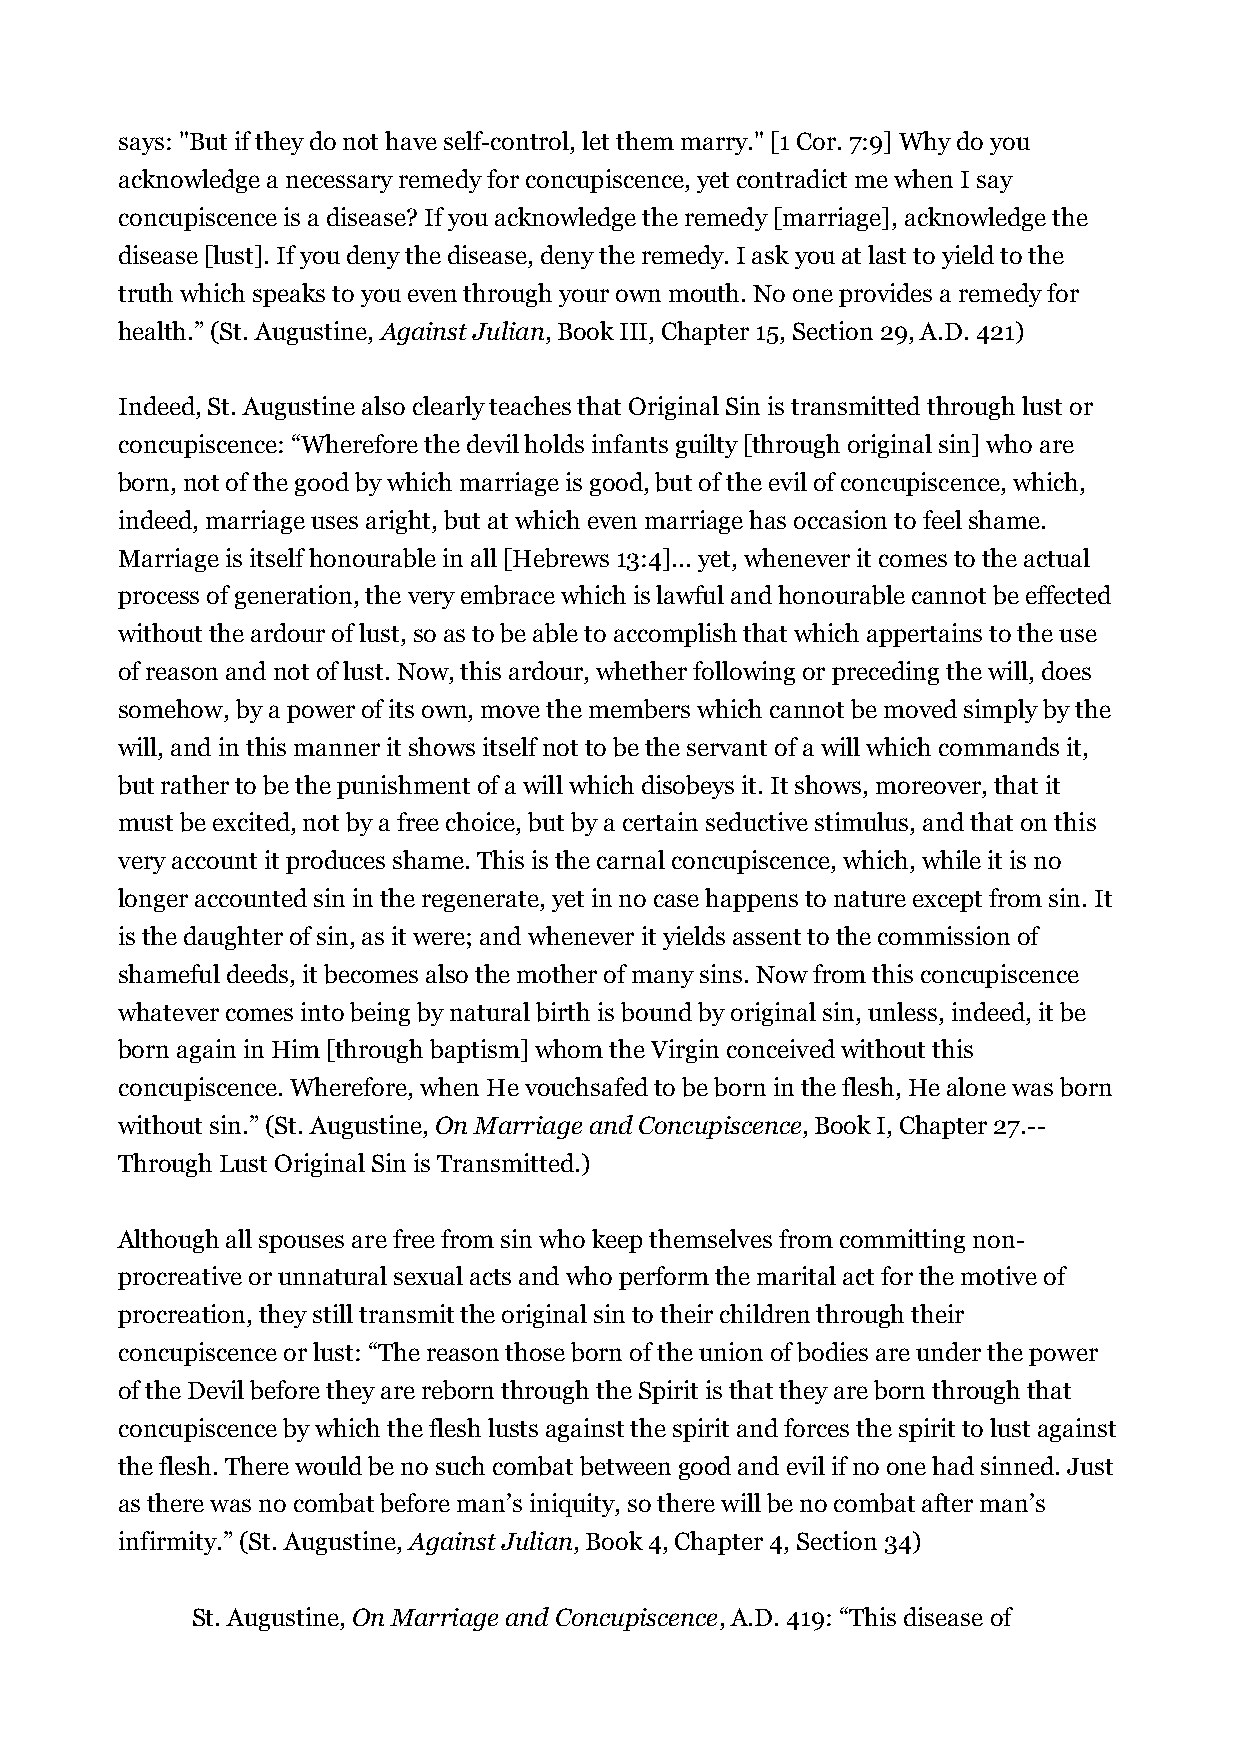
says: "But if they do not have self-control, let them marry." [1 Cor. 7:9] Why do you
 acknowledge a necessary remedy for concupiscence, yet contradict me when I say
 concupiscence is a disease? If you acknowledge the remedy [marriage], acknowledge the
 disease [lust]. If you deny the disease, deny the remedy. I ask you at last to yield to the
 truth which speaks to you even through your own mouth. No one provides a remedy for
 health.” (St. Augustine, Against Julian, Book III, Chapter 15, Section 29, A.D. 421)
 Indeed, St. Augustine also clearly teaches that Original Sin is transmitted through lust or
 concupiscence: “Wherefore the devil holds infants guilty [through original sin] who are
 born, not of the good by which marriage is good, but of the evil of concupiscence, which,
 indeed, marriage uses aright, but at which even marriage has occasion to feel shame.
 Marriage is itself honourable in all [Hebrews 13:4]... yet, whenever it comes to the actual
 process of generation, the very embrace which is lawful and honourable cannot be effected
 without the ardour of lust, so as to be able to accomplish that which appertains to the use
 of reason and not of lust. Now, this ardour, whether following or preceding the will, does
 somehow, by a power of its own, move the members which cannot be moved simply by the
 will, and in this manner it shows itself not to be the servant of a will which commands it,
 but rather to be the punishment of a will which disobeys it. It shows, moreover, that it
 must be excited, not by a free choice, but by a certain seductive stimulus, and that on this
 very account it produces shame. This is the carnal concupiscence, which, while it is no
 longer accounted sin in the regenerate, yet in no case happens to nature except from sin. It
 is the daughter of sin, as it were; and whenever it yields assent to the commission of
 shameful deeds, it becomes also the mother of many sins. Now from this concupiscence
 whatever comes into being by natural birth is bound by original sin, unless, indeed, it be
 born again in Him [through baptism] whom the Virgin conceived without this
 concupiscence. Wherefore, when He vouchsafed to be born in the flesh, He alone was born
 without sin.” (St. Augustine, On Marriage and Concupiscence, Book I, Chapter 27.--
 Through Lust Original Sin is Transmitted.)
 Although all spouses are free from sin who keep themselves from committing non-
 procreative or unnatural sexual acts and who perform the marital act for the motive of
 procreation, they still transmit the original sin to their children through their
 concupiscence or lust: “The reason those born of the union of bodies are under the power
 of the Devil before they are reborn through the Spirit is that they are born through that
 concupiscence by which the flesh lusts against the spirit and forces the spirit to lust against
 the flesh. There would be no such combat between good and evil if no one had sinned. Just
 as there was no combat before man’s iniquity, so there will be no combat after man’s
 infirmity.” (St. Augustine, Against Julian, Book 4, Chapter 4, Section 34)
 St. Augustine, On Marriage and Concupiscence, A.D. 419: “This disease of